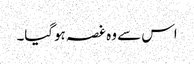
اس سے وہ غصہ ہوگیا۔